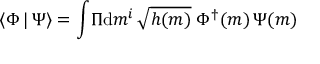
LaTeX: \langle \Phi \, | \, \Psi \rangle = \int \! \Pi \mathrm { d } m ^ { i } \, \sqrt { h ( m ) } \; \Phi ^ { \dagger } ( m ) \, \Psi ( m )